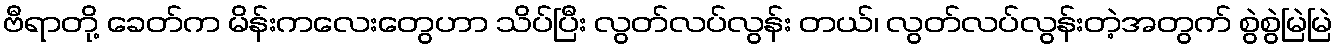
ဗီရာတို့ ခေတ်က မိန်းကလေးတွေဟာ သိပ်ပြီး လွတ်လပ်လွန်း တယ်၊ လွတ်လပ်လွန်းတဲ့အတွက် စွဲစွဲမြဲမြဲ